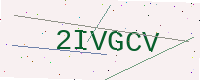
Text: 2IVGCV